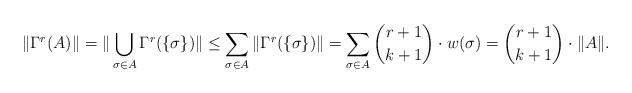
\begin{align*}\|\Gamma^r(A)\| = \|\bigcup_{\sigma \in A }\Gamma^r(\{\sigma\})\| \leq \sum_{\sigma \in A} \|\Gamma^r(\{\sigma\})\| = \sum_{\sigma \in A} {r+1 \choose k+1} \cdot w(\sigma) = {r+1 \choose k+1} \cdot \|A\|.\end{align*}